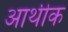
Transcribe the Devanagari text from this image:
आथीक